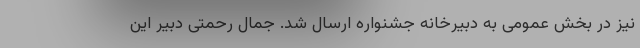
نیز در بخش عمومی به دبیرخانه جشنواره ارسال شد. جمال رحمتی دبیر این